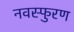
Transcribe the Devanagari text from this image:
नवस्फुरण